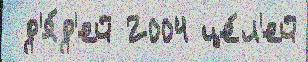
 д'я́д'ей 2004 це́л'ей